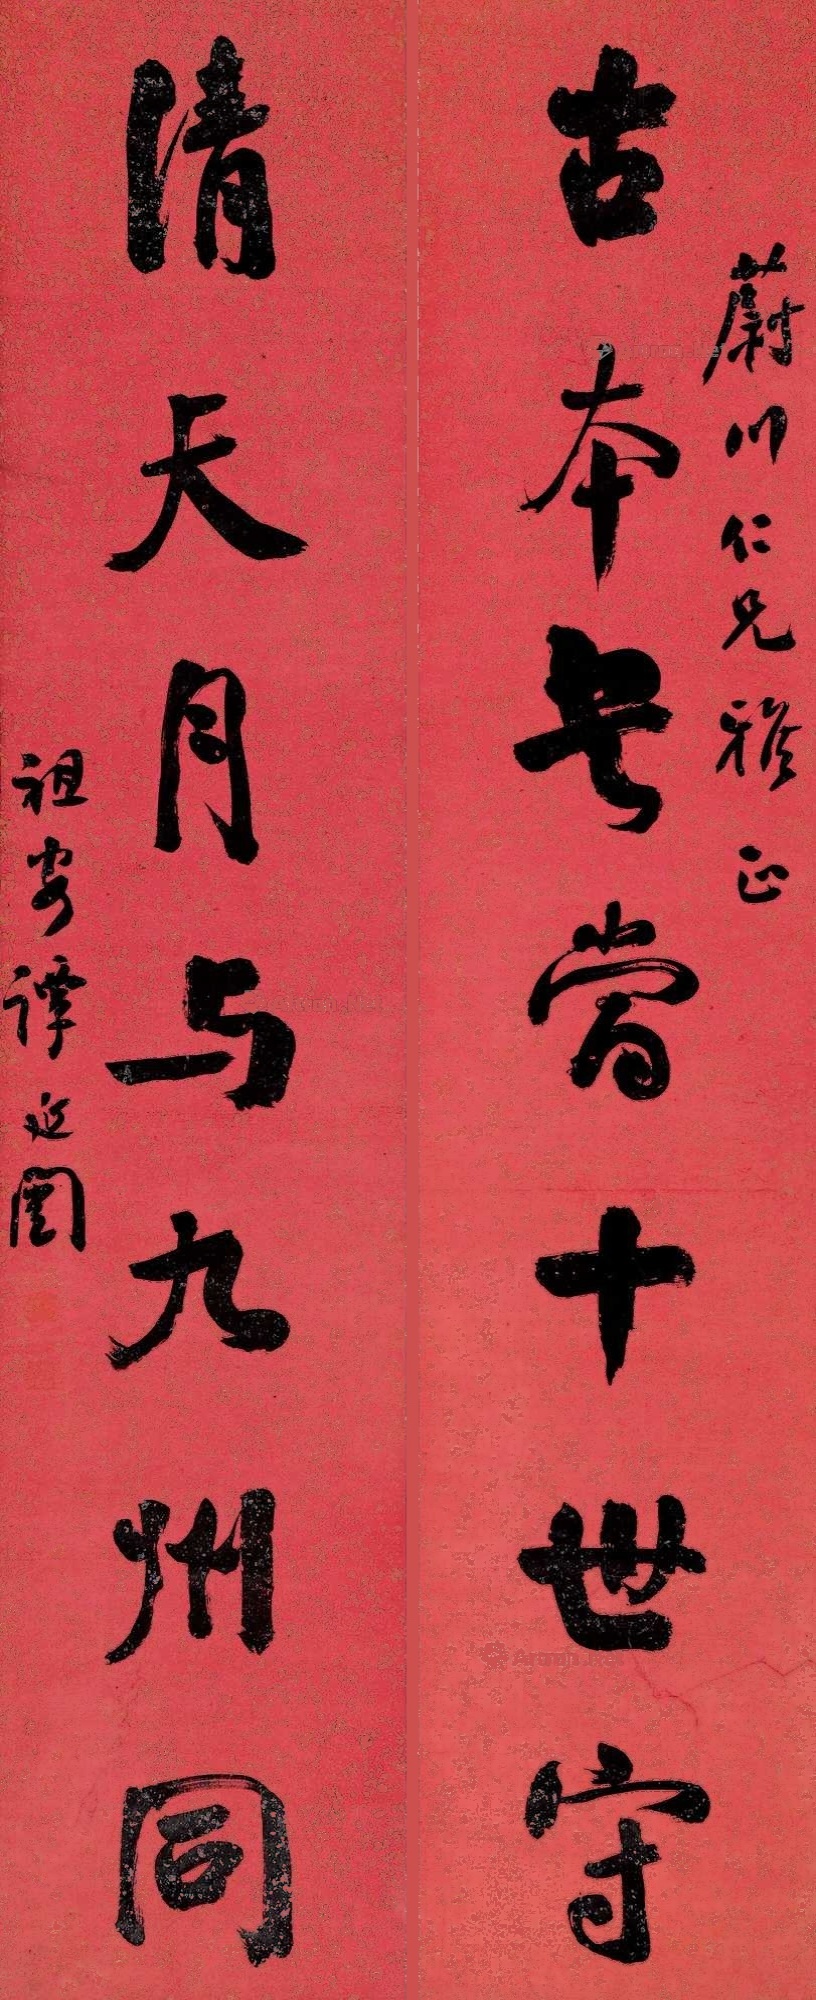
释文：古本书当十世守，清天月与九州岛同。蔚川仁兄雅正，祖安谭延闿。